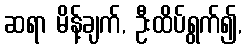
ဆရာ မိန့်ချက်, ဦးထိပ်ရွက်၍,